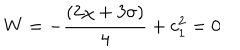
W = - \frac { ( 2 \chi + 3 \sigma ) } { 4 } + c _ { 1 } ^ { 2 } = 0